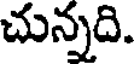
చున్నది.